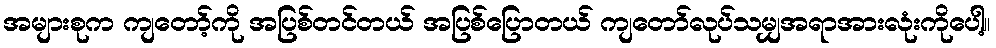
အများစုက ကျတော့်ကို အပြစ်တင်တယ် အပြစ်ပြောတယ် ကျတော်လုပ်သမျှအရာအားလုံးကိုပေါ့။